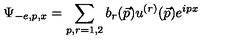
\Psi _ { - e , p , x } = \sum _ { p , r = 1 , 2 } b _ { r } ( \vec { p } ) u ^ { ( r ) } ( \vec { p } ) e ^ { i p x }